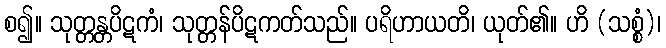
စ၍။ သုတ္တန္တပိဋကံ၊ သုတ္တန်ပိဋကတ်သည်။ ပရိဟာယတိ၊ ယုတ်၏။ ဟိ (သစ္စံ)၊